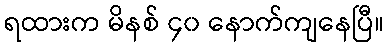
ရထားက မိနစ် ၄၀ နောက်ကျနေပြီ။